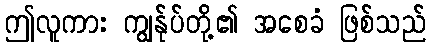
ဤလူကား ကျွန်ုပ်တို့၏ အစေခံ ဖြစ်သည်